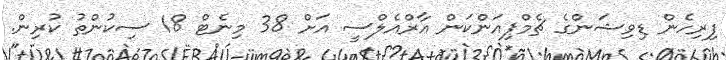
ފިރިހެން ޑިވިޝަންގެ ޗެމްޕިއަންކަން އާރްއެލްސީ އަށް 38 މިނެޓް 18 ސިކުންތު ކުރިން.